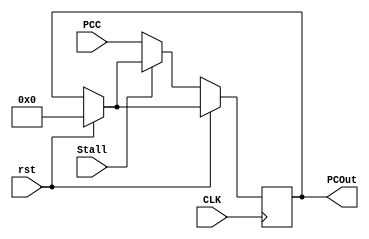
`timescale 1ns / 1ps
//////////////////////////////////////////////////////////////////////////////////
// Company: 
// Engineer: 
// 
// Design Name: 
// Module Name: PC
// Project Name: 
// Target Devices: 
// Tool Versions: 
// Description: 
// 
// Dependencies: 
// 
// Revision:
// Revision 0.01 - File Created
// Additional Comments:
// 
//////////////////////////////////////////////////////////////////////////////////


module PC(PCC, CLK, PCOut, rst, Stall);
input [31:0] PCC;
input CLK, rst;
input Stall;
output [31:0] PCOut;

reg [31:0] next;

initial begin
next<=32'h00000000;
end 

always@(posedge CLK)
begin
if(rst==1)
    next <= 0;
if(rst==0)begin
    if(Stall == 1'b0)
    next <= PCC;
end
end
assign PCOut = next;
    
endmodule